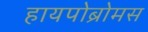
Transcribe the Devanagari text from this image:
हायपोब्रोमस